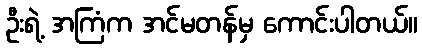
ဦးရဲ့ အကြံက အင်မတန်မှ ကောင်းပါတယ်။